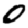
Digit: 0